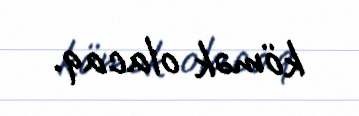
kömək olacaq.